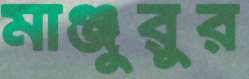
মাঞ্জুরুর